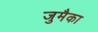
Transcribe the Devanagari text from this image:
जुमैका